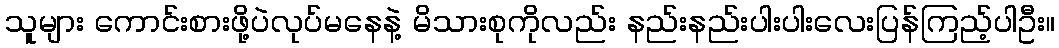
သူများ ကောင်းစားဖို့ပဲလုပ်မနေနဲ့ မိသားစုကိုလည်း နည်းနည်းပါးပါးလေးပြန်ကြည့်ပါဦး။